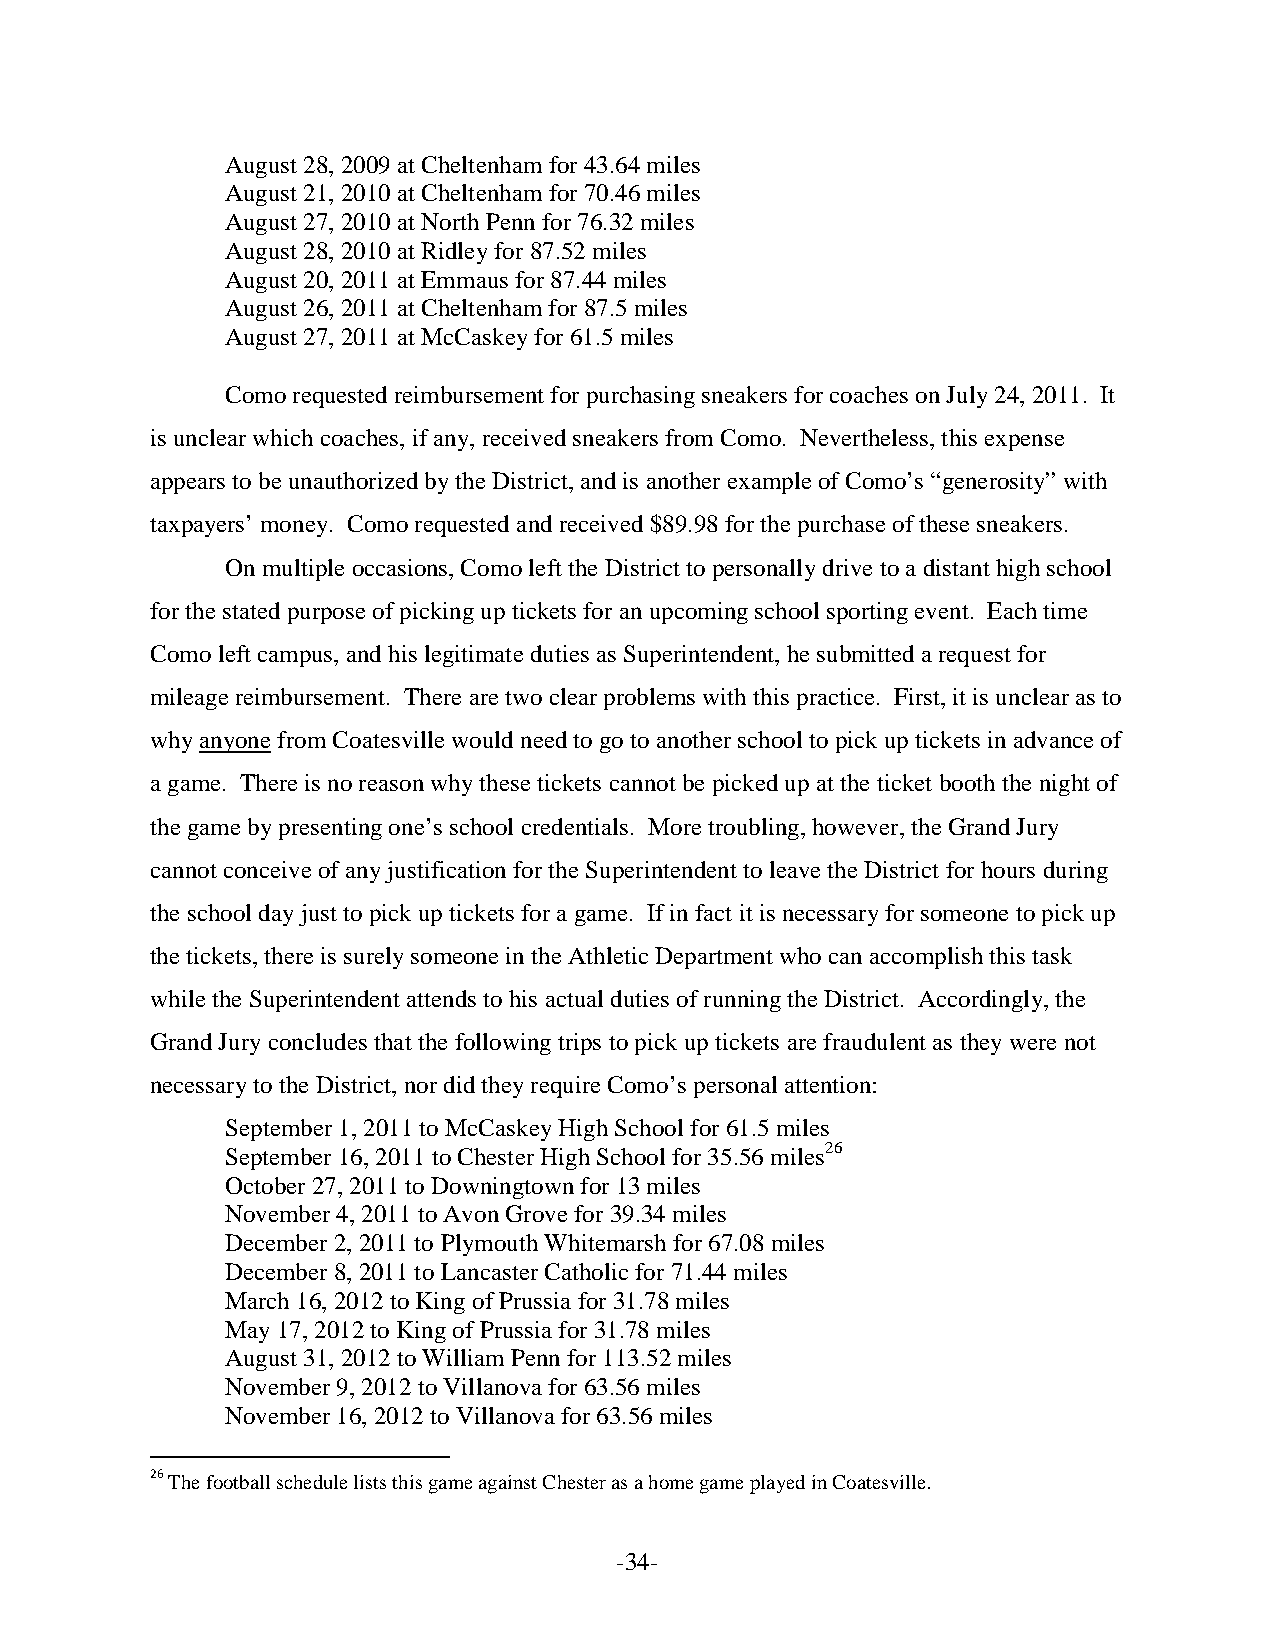
August 28, 2009 at Cheltenham for 43.64 miles
 August 21, 2010 at Cheltenham for 70.46 miles
 August 27, 2010 at North Penn for 76.32 miles
 August 28, 2010 at Ridley for 87.52 miles
 August 20, 2011 at Emmaus for 87.44 miles
 August 26, 2011 at Cheltenham for 87.5 miles
 August 27, 2011 at McCaskey for 61.5 miles
 Como requested reimbursement for purchasing sneakers for coaches on July 24, 2011. It
 is unclear which coaches, if any, received sneakers from Como. Nevertheless, this expense
 appears to be unauthorized by the District, and is another example of Como’s “generosity” with
 taxpayers’ money. Como requested and received $89.98 for the purchase of these sneakers.
 On multiple occasions, Como left the District to personally drive to a distant high school
 for the stated purpose of picking up tickets for an upcoming school sporting event. Each time
 Como left campus, and his legitimate duties as Superintendent, he submitted a request for
 mileage reimbursement. There are two clear problems with this practice. First, it is unclear as to
 why anyone from Coatesville would need to go to another school to pick up tickets in advance of
 a game. There is no reason why these tickets cannot be picked up at the ticket booth the night of
 the game by presenting one’s school credentials. More troubling, however, the Grand Jury
 cannot conceive of any justification for the Superintendent to leave the District for hours during
 the school day just to pick up tickets for a game. If in fact it is necessary for someone to pick up
 the tickets, there is surely someone in the Athletic Department who can accomplish this task
 while the Superintendent attends to his actual duties of running the District. Accordingly, the
 Grand Jury concludes that the following trips to pick up tickets are fraudulent as they were not
 necessary to the District, nor did they require Como’s personal attention:
 September 1, 2011 to McCaskey High School for 61.5 miles
 September 16, 2011 to Chester High School for 35.56 miles26
 October 27, 2011 to Downingtown for 13 miles
 November 4, 2011 to Avon Grove for 39.34 miles
 December 2, 2011 to Plymouth Whitemarsh for 67.08 miles
 December 8, 2011 to Lancaster Catholic for 71.44 miles
 March 16, 2012 to King of Prussia for 31.78 miles
 May 17, 2012 to King of Prussia for 31.78 miles
 August 31, 2012 to William Penn for 113.52 miles
 November 9, 2012 to Villanova for 63.56 miles
 November 16, 2012 to Villanova for 63.56 miles
 26 The football schedule lists this game against Chester as a home game played in Coatesville.
 -34-